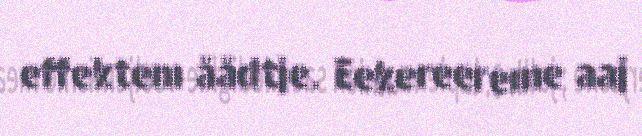
effektem åådtje. Eekereereme aaj